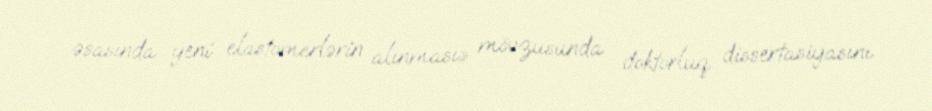
əsasında yeni elastomerlərin alınması» mövzusunda doktorluq dissertasiyasını